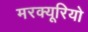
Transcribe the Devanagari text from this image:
मरक्यूरियो